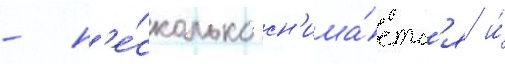
- н'е́сколько сн'ижа́етс'я и́